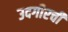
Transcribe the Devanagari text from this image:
उदगीरची